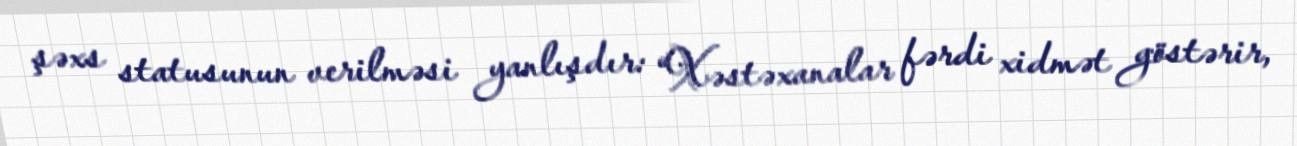
şəxs statusunun verilməsi yanlışdır: “Xəstəxanalar fərdi xidmət göstərir,